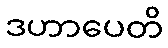
ဒဟာပေတိ